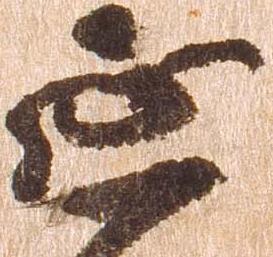
延